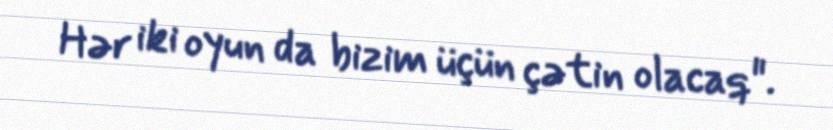
Hər iki oyun da bizim üçün çətin olacaq".